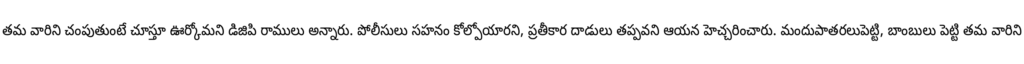
తమ వారిని చంపుతుంటే చూస్తూ ఊర్కోమని డిజిపి రాములు అన్నారు. పోలీసులు సహనం కోల్పోయారని, ప్రతీకార దాడులు తప్పవని ఆయన హెచ్చరించారు. మందుపాతరలుపెట్టి, బాంబులు పెట్టి తమ వారిని